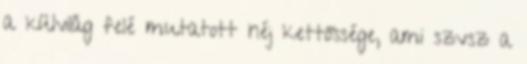
a külvilág felé mutatott héj kettőssége, ami szvsz a